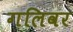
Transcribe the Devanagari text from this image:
गलिवर